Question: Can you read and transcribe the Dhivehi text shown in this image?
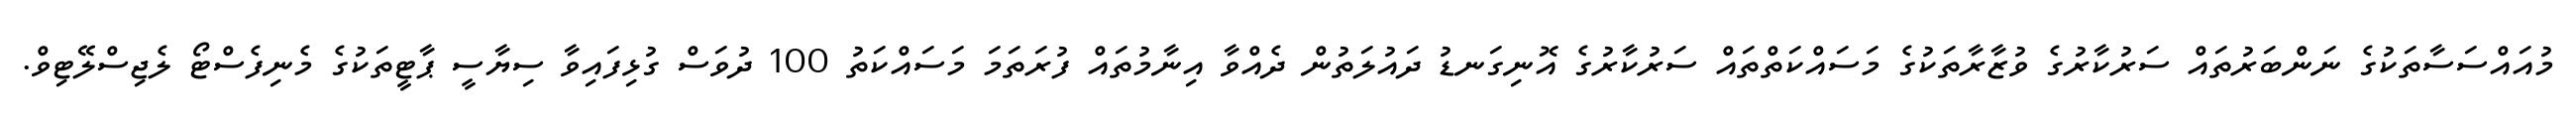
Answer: މުއައްސަސާތަކުގެ ނަންބަރުތައް ސަރުކާރުގެ ވުޒާރާތަކުގެ މަސައްކަތްތައް ސަރުކާރުގެ އޮނިގަނޑު ދައުލަތުން ދެއްވާ އިނާމުތައް ފުރަތަމަ މަސައްކަތު 100 ދުވަސް ގުޅިފައިވާ ސިޔާސީ ޕާޓީތަކުގެ މެނިފެސްޓޯ ލެޖިސްލޭޓިވް.